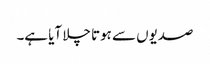
صدیوں سے ہوتا چلا آیا ہے۔